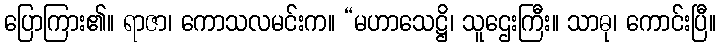
ပြောကြား၏။ ရာဇာ၊ ကောသလမင်းက။ “မဟာသေဋ္ဌိ၊ သူဌေးကြီး။ သာဓု၊ ကောင်းပြီ။